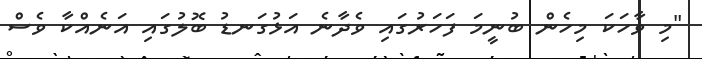
"މި ވާހަކަ މިހެން ބުނީމަ ފަހަރުގައި ވެދާނެ އަޅުގަނޑު ބޮލުގައި އަނެއްކާ ވެސް